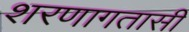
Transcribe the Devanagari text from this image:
शरणागतासी